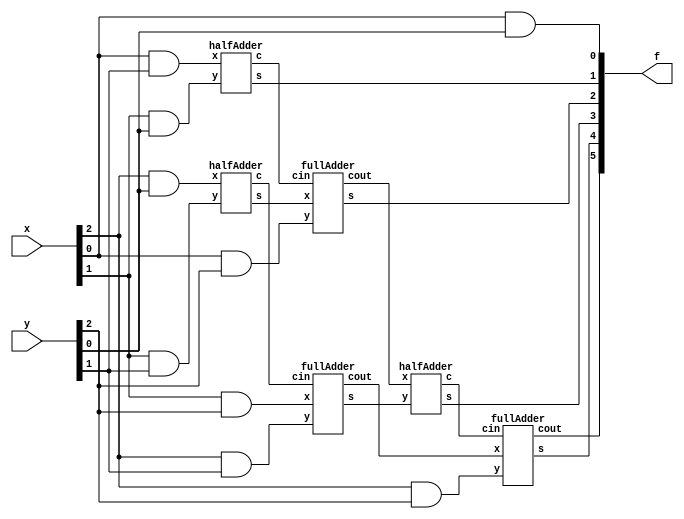
module mul3Bit(x,y,f);
	input [2:0] x,y;
	output [5:0] f;
	wire [7:0] temp;
	assign f[0] = x[0]&y[0];
	halfAdder ha1(x[0]&y[1], x[1]&y[0], temp[0], f[1]);	//f[1] fix, tempe[0] is cin of next FA.
	halfAdder ha2(x[2]&y[0], x[1]&y[1], temp[2], temp[1]);
	fullAdder fa1(temp[0], temp[1], x[0]&y[2], f[2], temp[3]);	//f[2] fix, temp[3] is cout.
	fullAdder fa2(temp[2], x[1]&y[2], x[2]&y[1], temp[4], temp[5]);
	halfAdder ha3(temp[3], temp[4], temp[6], f[3]);	//f[3] fix.
	fullAdder fa3(temp[6], temp[5], x[2]&y[2], f[4], f[5]);
endmodule


module fullAdder(cin, x, y, s, cout);
	input cin, x, y;
	output s, cout;
	assign s = x^y^cin;
	assign cout = (x&y)|(x&cin)|(y&cin);
endmodule

module halfAdder(x, y, c, s);
	input x,y;
	output c,s;
	assign s = x^y;
	assign c = x&y;
endmodule